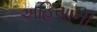
અહિયાની